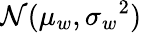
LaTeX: \mathcal{N}(\mu_{w},{\sigma_{w}}^{2})